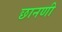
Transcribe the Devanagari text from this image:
छानणी